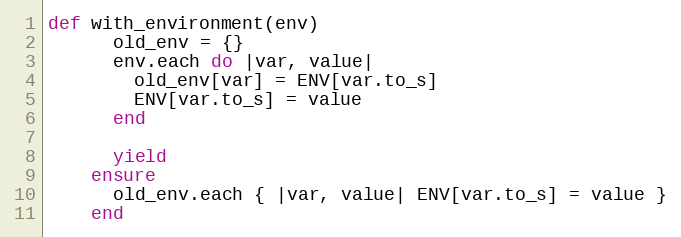
Language: Ruby
def with_environment(env)
      old_env = {}
      env.each do |var, value|
        old_env[var] = ENV[var.to_s]
        ENV[var.to_s] = value
      end

      yield
    ensure
      old_env.each { |var, value| ENV[var.to_s] = value }
    end